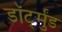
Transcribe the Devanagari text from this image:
डॉर्ट्मुंड